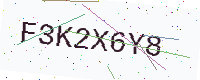
Text: F3K2X6Y8